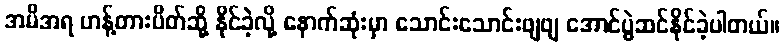
အမိအရ ဟန့်တားပိတ်ဆို့ နိုင်ခဲ့လို့ နောက်ဆုံးမှာ သောင်းသောင်းဖျဖျ အောင်ပွဲဆင်နိုင်ခဲ့ပါတယ်။